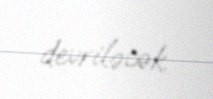
devriləcək.